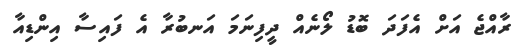
ރާއްޖެ އަށް އެފަދަ ބޮޑު ލޯނެއް ދީފިނަމަ އަނބުރާ އެ ފައިސާ އިންޑިއާ